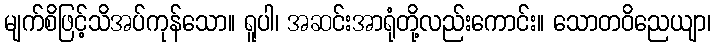
မျက်စိဖြင့်သိအပ်ကုန်သော။ ရူပါ၊ အဆင်းအာရုံတို့လည်းကောင်း။ သောတဝိညေယျာ၊